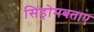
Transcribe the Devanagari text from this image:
सिंड्रोमबताए